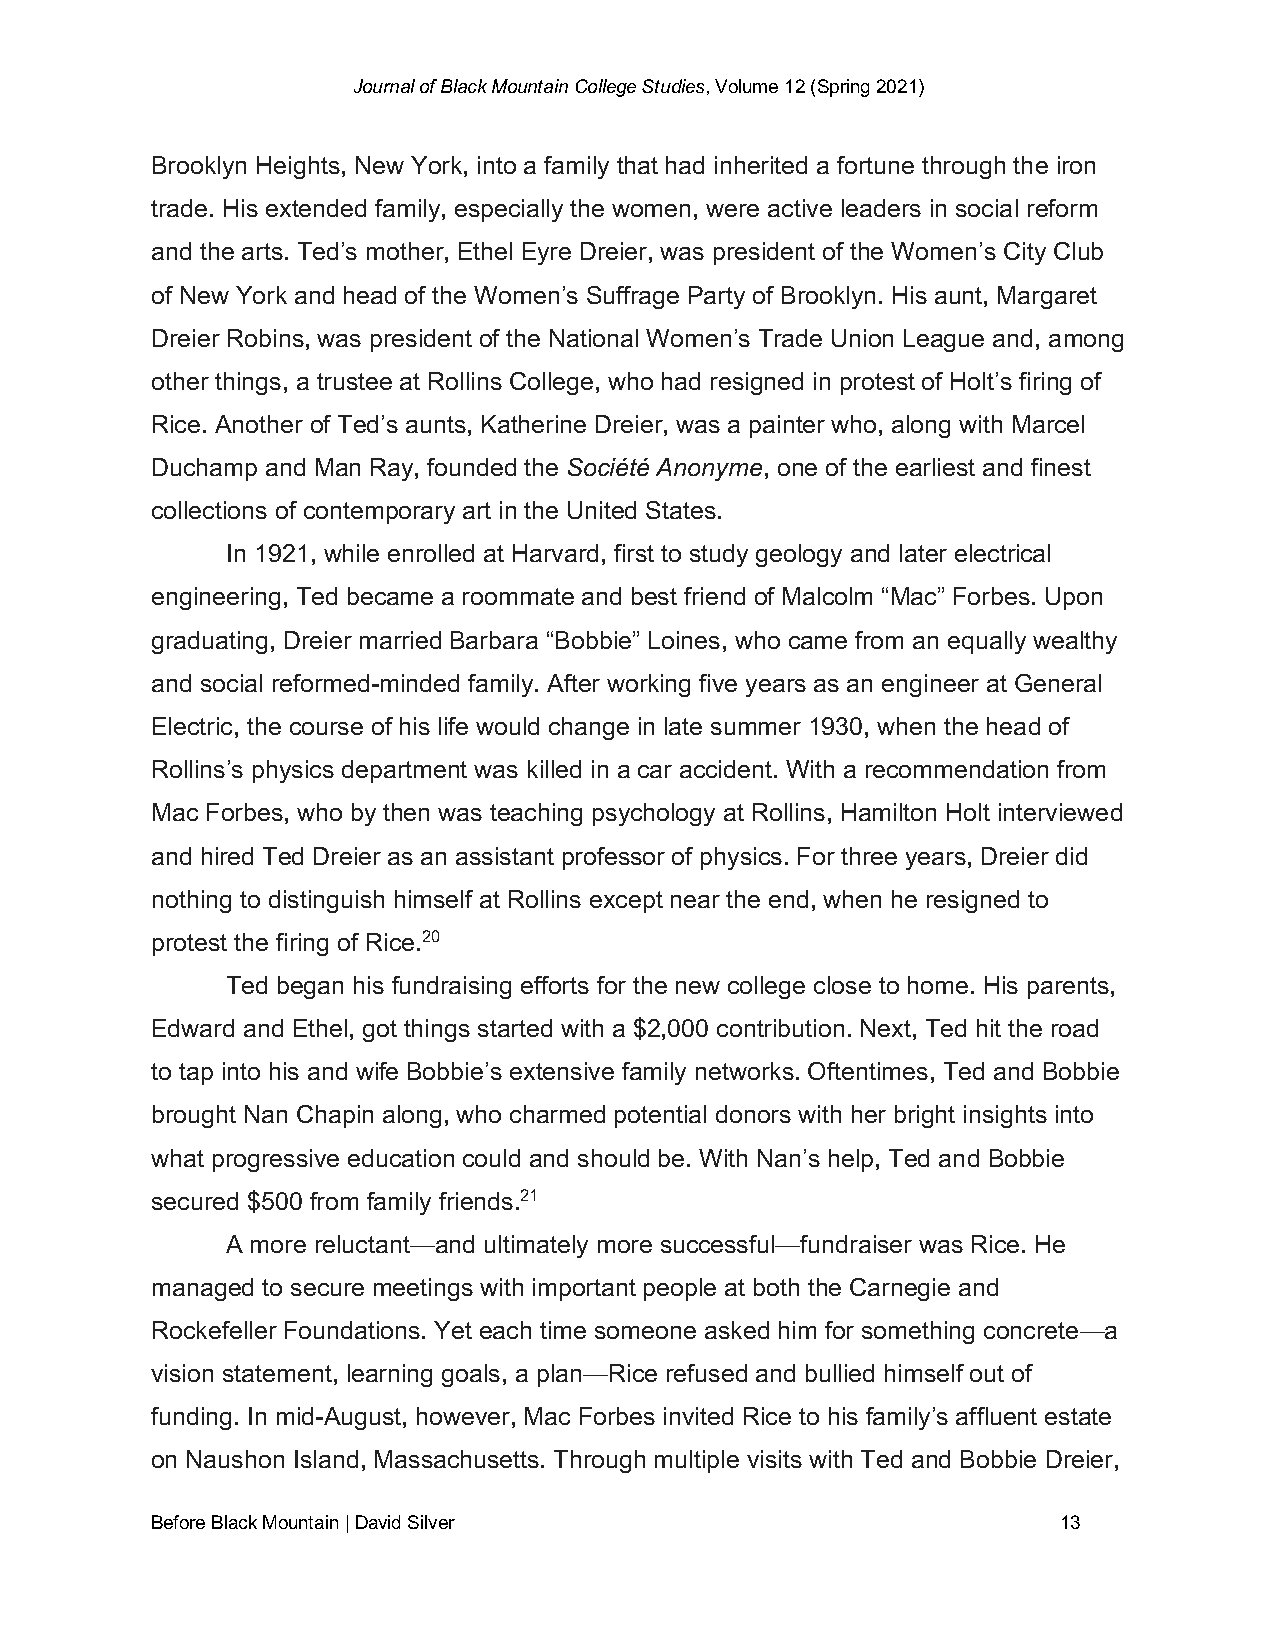
Journal of Black Mountain College Studies, Volume 12 (Spring 2021)
 Brooklyn Heights, New York, into a family that had inherited a fortune through the iron
 trade. His extended family, especially the women, were active leaders in social reform
 and the arts. Ted’s mother, Ethel Eyre Dreier, was president of the Women’s City Club
 of New York and head of the Women’s Suffrage Party of Brooklyn. His aunt, Margaret
 Dreier Robins, was president of the National Women’s Trade Union League and, among
 other things, a trustee at Rollins College, who had resigned in protest of Holt’s firing of
 Rice. Another of Ted’s aunts, Katherine Dreier, was a painter who, along with Marcel
 Duchamp and Man Ray, founded the Société Anonyme, one of the earliest and finest
 collections of contemporary art in the United States.
 In 1921, while enrolled at Harvard, first to study geology and later electrical
 engineering, Ted became a roommate and best friend of Malcolm “Mac” Forbes. Upon
 graduating, Dreier married Barbara “Bobbie” Loines, who came from an equally wealthy
 and social reformed-minded family. After working five years as an engineer at General
 Electric, the course of his life would change in late summer 1930, when the head of
 Rollins’s physics department was killed in a car accident. With a recommendation from
 Mac Forbes, who by then was teaching psychology at Rollins, Hamilton Holt interviewed
 and hired Ted Dreier as an assistant professor of physics. For three years, Dreier did
 nothing to distinguish himself at Rollins except near the end, when he resigned to
 protest the firing of Rice.20
 Ted began his fundraising efforts for the new college close to home. His parents,
 Edward and Ethel, got things started with a $2,000 contribution. Next, Ted hit the road
 to tap into his and wife Bobbie’s extensive family networks. Oftentimes, Ted and Bobbie
 brought Nan Chapin along, who charmed potential donors with her bright insights into
 what progressive education could and should be. With Nan’s help, Ted and Bobbie
 secured $500 from family friends.21
 A more reluctant—and ultimately more successful—fundraiser was Rice. He
 managed to secure meetings with important people at both the Carnegie and
 Rockefeller Foundations. Yet each time someone asked him for something concrete—a
 vision statement, learning goals, a plan—Rice refused and bullied himself out of
 funding. In mid-August, however, Mac Forbes invited Rice to his family’s affluent estate
 on Naushon Island, Massachusetts. Through multiple visits with Ted and Bobbie Dreier,
 Before Black Mountain | David Silver                        13